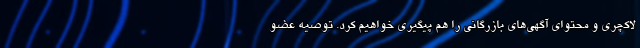
لاکچری و محتوای آگهی‌های بازرگانی را هم پیگیری خواهیم کرد. توصیه عضو